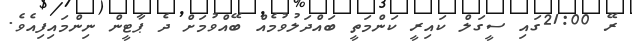
ރޭ 21:00ގައި ސީގަލް ކައިރީ ކަންމަތީ ބައްދަލުވުމެއް ބޭއްވުމަށް ދެ ޕާޓީން ނިންމައިފިއެވެ.